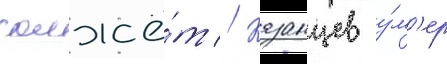
солжё́т // Казанцев у́м'ер